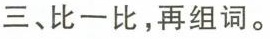
三、比一比，再组词。